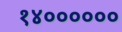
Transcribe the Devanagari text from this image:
१४००००००